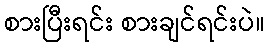
စားပြီးရင်း စားချင်ရင်းပဲ။